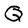
Character: Q